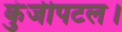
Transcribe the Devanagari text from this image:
कुंजीपटल।